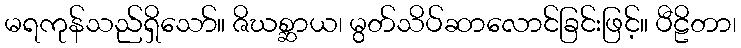
မရကုန်သည်ရှိသော်။ ဇိဃစ္ဆာယ၊ မွတ်သိပ်ဆာလောင်ခြင်းဖြင့်။ ပီဠိတာ၊